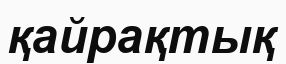
қайрақтық